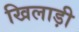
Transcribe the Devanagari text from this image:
खिलाड़ी